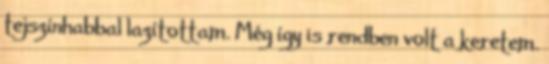
tejszínhabbal lazítottam. Még így is rendben volt a keretem.